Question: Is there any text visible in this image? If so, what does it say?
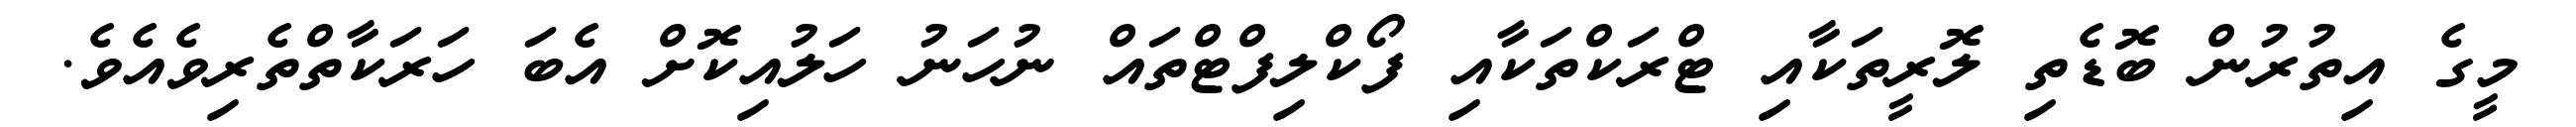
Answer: މީގެ އިތުރުން ބޮޑެތި ލޮރީތަކާއި ޓްރަކްތަކާއި ފޯކްލިފްޓްތައް ނުހަނު ހަލުއިކޮށް އެބަ ހަރަކާތްތެރިވެއެވެ.